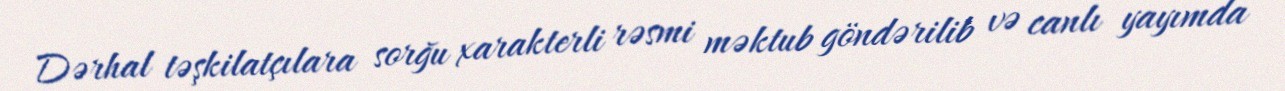
Dərhal təşkilatçılara sorğu xarakterli rəsmi məktub göndərilib və canlı yayımda